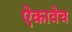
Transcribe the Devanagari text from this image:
ऐकावेच